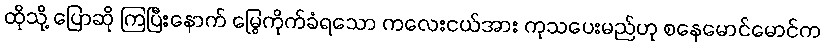
ထိုသို့ ပြောဆို ကြပြီးနောက် မြွေကိုက်ခံရသော ကလေးငယ်အား ကုသပေးမည်ဟု စနေမောင်မောင်က